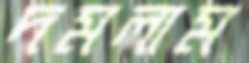
দমলাম